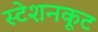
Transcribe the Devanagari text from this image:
स्टेशनकूट